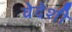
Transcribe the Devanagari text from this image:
वेदेशी